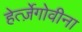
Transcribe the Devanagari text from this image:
हेर्त्ज़ेगोवीना